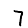
Digit: 7